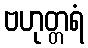
ဗဟုတ္တရံ